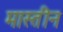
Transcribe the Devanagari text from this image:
मास्तीन